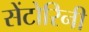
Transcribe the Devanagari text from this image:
सेंटोरिनी